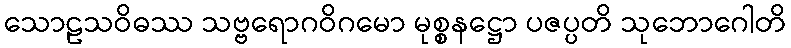
သောဠသဝိဓဿ သဗ္ဗရောဂဝိဂမော မုစ္စနဋ္ဌော ပဇပ္ပတိ သုဘောဂေါတိ